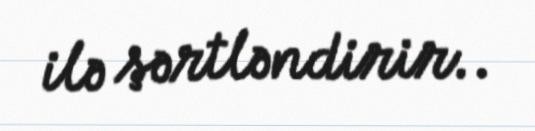
ilə şərtləndirir..